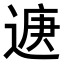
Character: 𮞨